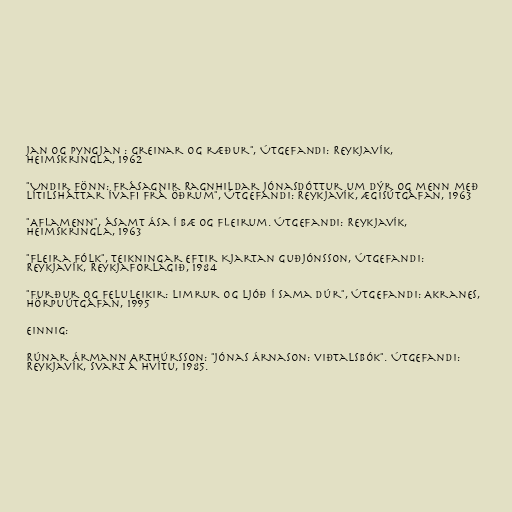
jan og pyngjan : greinar og ræður", Útgefandi: Reykjavík,
Heimskringla, 1962

"Undir Fönn: frásagnir Ragnhildar Jónasdóttur um dýr og menn með
lítilsháttar ívafi frá öðrum", Útgefandi: Reykjavík, Ægisútgáfan, 1963

"Aflamenn", ásamt Ása í Bæ og fleirum. Útgefandi: Reykjavík,
Heimskringla, 1963

"Fleira fólk", Teikningar eftir Kjartan Guðjónsson, Útgefandi:
Reykjavík, Reykjaforlagið, 1984

"Furður og feluleikir: limrur og ljóð í sama dúr", Útgefandi: Akranes,
Hörpuútgáfan, 1995

Einnig:

Rúnar Ármann Arthúrsson: "Jónas Árnason: viðtalsbók". Útgefandi:
Reykjavík, Svart á hvítu, 1985.